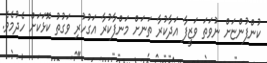
ކުންފުންޏަށް ނުވަތަ ވަޒީފާ އަދާކުރާ ތަނަށް މަންފާކުރާ އަގުހުރި ވަގުތު ކޮޅަކަށް ހެދުމެވެ.